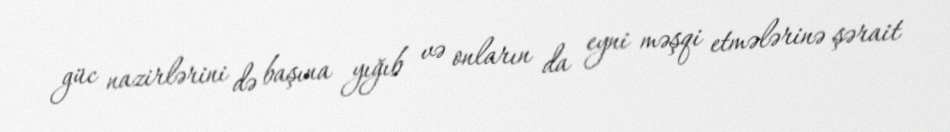
güc nazirlərini də başına yığıb və onların da eyni məşqi etmələrinə şərait